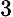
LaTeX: \small 3